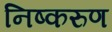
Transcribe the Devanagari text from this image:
निष्करुण